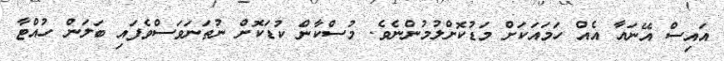
އައިސް އޭނައާ އެއް ހަމައަކަށް މަޑުކޮށްލުމުންނެވެ. މުސްކާން ކުޑަކޮށް ނުތަނަވަސްވެފައި ބަލަން ހުއްޓާ